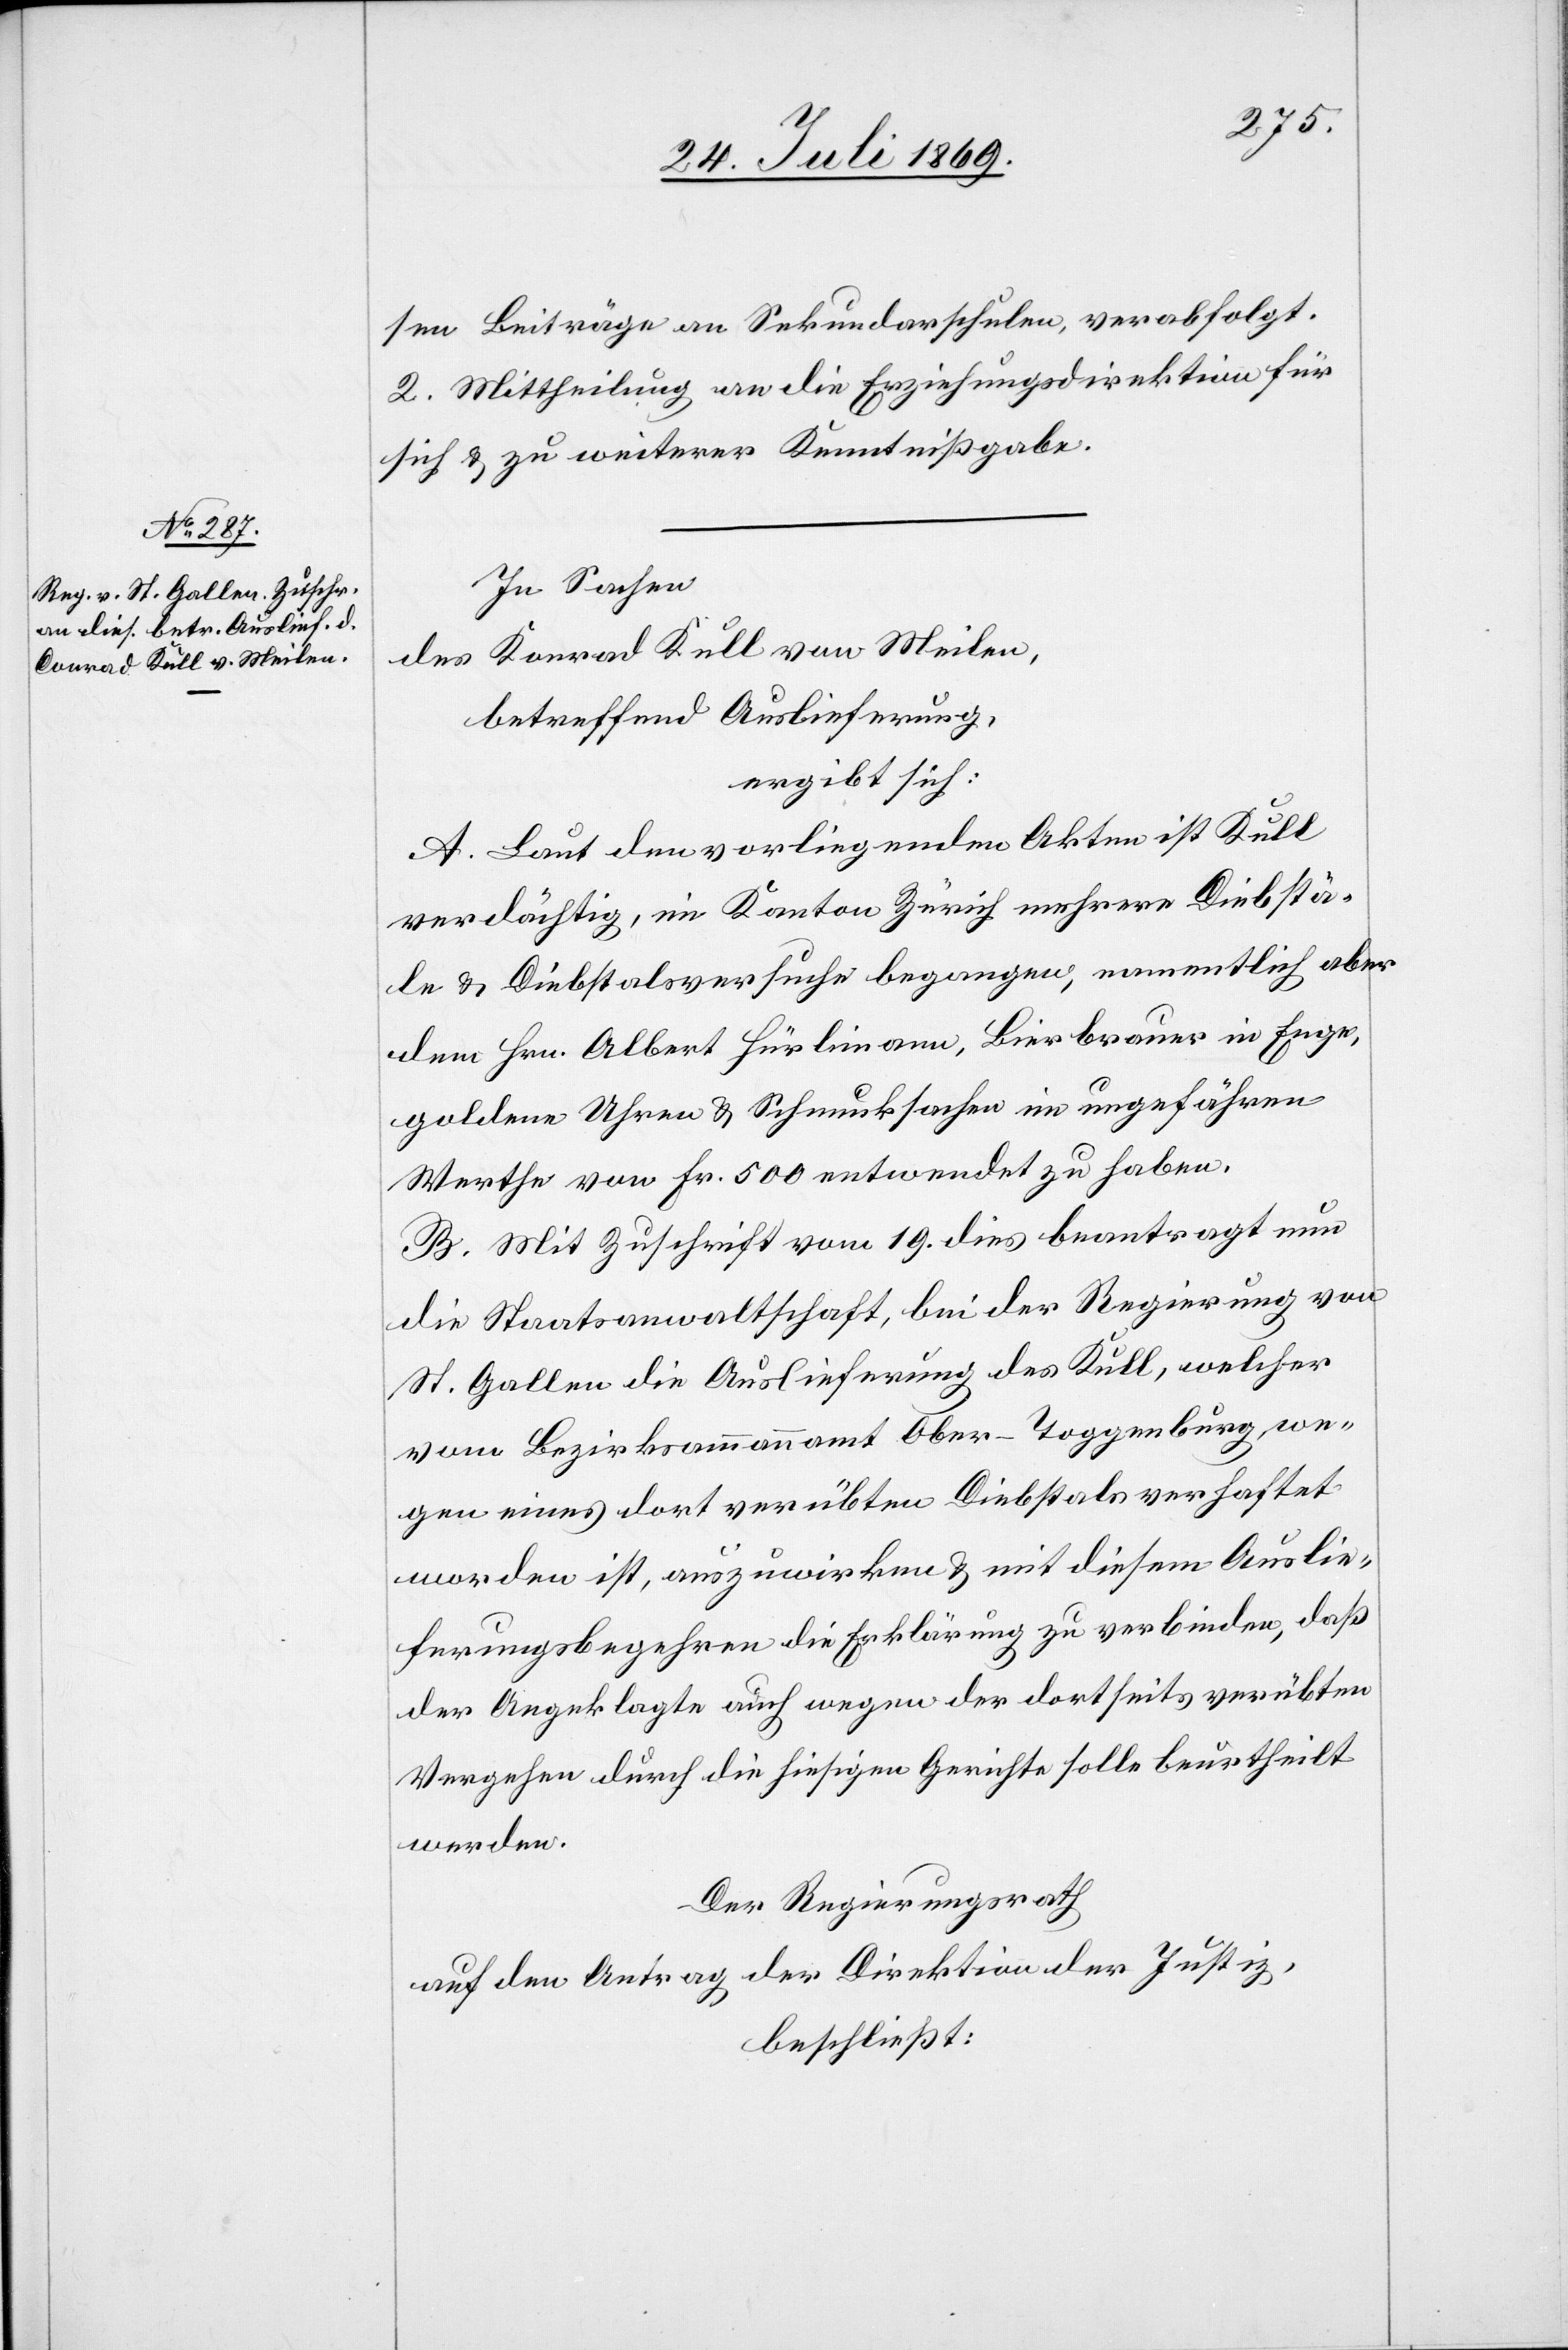
sen Beiträge an Sekundarschulen, verabfolgt.
2. Mittheilung an die Erziehungsdirektion für
sich u. zu weiterer Kenntnißgabe.
In Sachen
des Konrad Kull von Meilen,
betreffend Auslieferung,
ergibt sich:
A. Laut den vorliegenden Akten ist Kull
verdächtig, im Kanton Zürich mehrere Diebstä¬
le u. Diebstalsversuche begangen, namentlich aber
dem Hrn. Albert Hürlimann, Bierbrauer in Enge,
goldene Uhren u. Schmucksachen im ungefähren
Werthe von Fr. 500 entwendet zu haben.
B. Mit Zuschrift vom 19 dies beantragt nun
die Staatsanwaltschaft bei der Regierung von
St. Gallen die Auslieferung des Kull, welcher
vom Bezirksammannamt Ober-Toggenburg, we¬
gen eines dort verübten Diebstals verhaftet
worden ist, auszuwirken u. mit diesem Auslie¬
ferungsbegehren die Erklärung zu verbinden, daß
der Angeklagte auch wegen der dortseits verübten
Vergehen durch die hiesigen Gerichte solle beurtheilt
werden.
Der Regierungsrath
auf den Antrag der Direktion der Justiz,
beschließt: